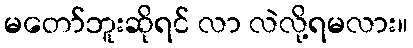
မတော်ဘူးဆိုရင် လာ လဲလို့ရမလား။